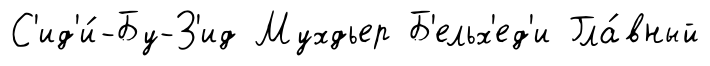
С'ид'и́-Бу-З'ид Мухдьер Б'ельх'ед'и Гла́вный